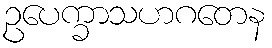
ဥပေက္ခာသဟဂတေန